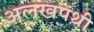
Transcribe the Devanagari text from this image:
अलखपंथी